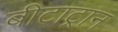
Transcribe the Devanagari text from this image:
बीटाट्रान